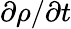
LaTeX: \partial\rho/\partial t